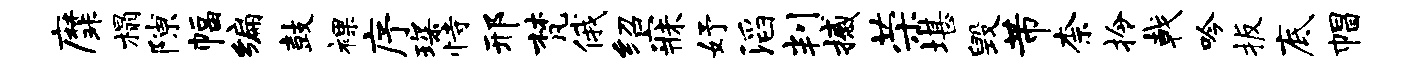
縻榻隙幅编鼓裸序琛恃邢梵俄绍寐妤滔判撼荣堪毁芾柰拎戟吟扳底帽